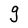
Character: g